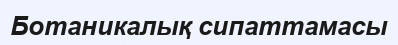
Ботаникалық сипаттамасы